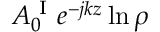
A _ { 0 } ^ { \mathrm { ~ I ~ } } e ^ { - j k z } \ln \rho